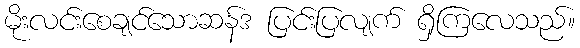
မိုးလင်းစေချင်သောဆန်ဒ ပြင်းပြလျက် ရှိကြလေသည်။